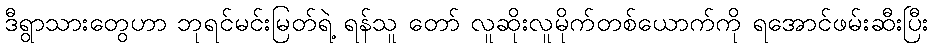
ဒီရွာသားတွေဟာ ဘုရင်မင်းမြတ်ရဲ့ ရန်သူ တော် လူဆိုးလူမိုက်တစ်ယောက်ကို ရအောင်ဖမ်းဆီးပြီး